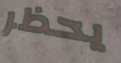
يحظر